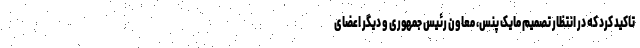
تاکید کرد که در انتظار تصمیم مایک پنس، معاون رئیس جمهوری و دیگر اعضای